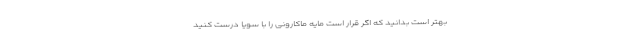
بهتر است بدانید که اگر قرار است مایه ماکارونی را با سویا درست کنید